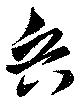
兵